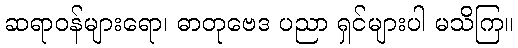
ဆရာဝန်များရော၊ ဓာတုဗေဒ ပညာ ရှင်များပါ မသိကြ။